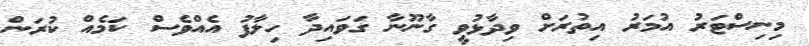
މިނިސްޓަރު އުމަރު އިތުރަށް ވިދާޅުވީ ގާނޫނާ ގަވައިދާ ހިލާފު އެއްވެސް ކަމެއް ކުރަން